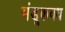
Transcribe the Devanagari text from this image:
मंडूकवध